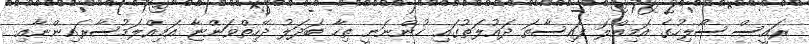
ރައީސް ސޯލިހުގެ އަމިއްލަ ފައިސާތަ ދައުލަތުގައި ހުންނަނީ ތިހާ ބަދަލު ދޭހިތްވަންޏާ އަމިއްލަމުސާރައިންނާއި